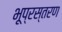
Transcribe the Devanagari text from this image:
भूप्रस्तरण